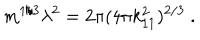
LaTeX: m ^ { 1 / 3 } \lambda ^ { 2 } = 2 \pi ( 4 \pi k _ { 1 1 } ^ { 2 } ) ^ { 2 / 3 } \ .